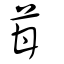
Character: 苷